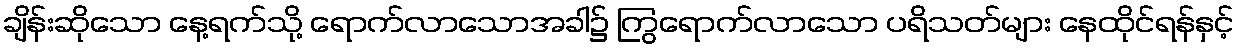
ချိန်းဆိုသော နေ့ရက်သို့ ရောက်လာသောအခါ၌ ကြွရောက်လာသော ပရိသတ်များ နေထိုင်ရန်နှင့်